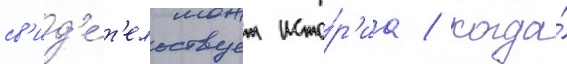
св'ид'е́т'ельствует исто́р'иа / когда́